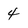
Character: 4